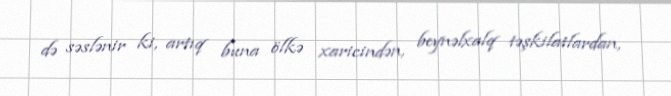
də səslənir ki, artıq buna ölkə xaricindən, beynəlxalq təşkilatlardan,